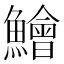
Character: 鱠